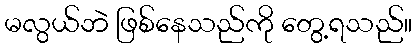
မလွယ်ဘဲ ဖြစ်နေသည်ကို တွေ့ရသည်။